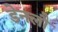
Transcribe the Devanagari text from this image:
डेनलौ